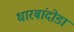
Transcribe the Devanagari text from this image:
धारबांदोडा